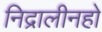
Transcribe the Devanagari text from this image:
निद्रालीनहो